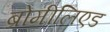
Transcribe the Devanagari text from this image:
ब्रोमीलिएड